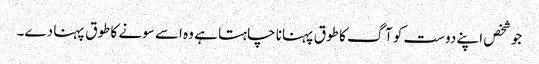
جو شخص اپنے دوست کو آگ کا طوق پہنانا چاہتا ہے وہ اسے سونے کا طوق پہنا دے۔